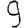
Digit: 9